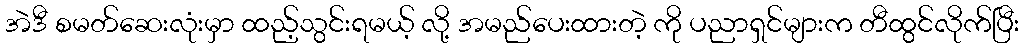
အဲဒီ စမတ်ဆေးလုံးမှာ ထည့်သွင်းရမယ့် လို့ အမည်ပေးထားတဲ့ ကို ပညာရှင်များက တီထွင်လိုက်ပြီး